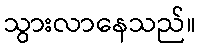
သွားလာနေသည်။